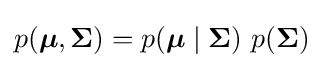
p({\boldsymbol {\mu }},{\boldsymbol {\Sigma }})=p({\boldsymbol {\mu }}\mid {\boldsymbol {\Sigma }})\ p({\boldsymbol {\Sigma }})